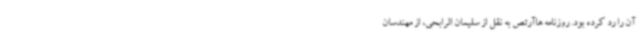
آن را رد کرده بود. روزنامه هاآرتص به نقل از سلیمان الرابحی، از مهندسان